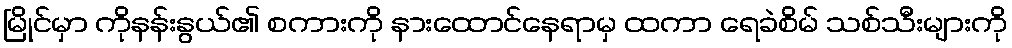
မြိုင်မှာ ကိုနန်းနွယ်၏ စကားကို နားထောင်နေရာမှ ထကာ ရေခဲစိမ် သစ်သီးများကို